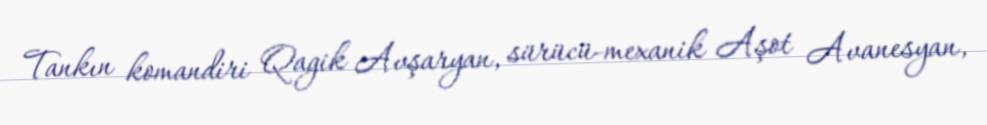
Tankın komandiri Qagik Avşaryan, sürücü-mexanik Aşot Avanesyan,